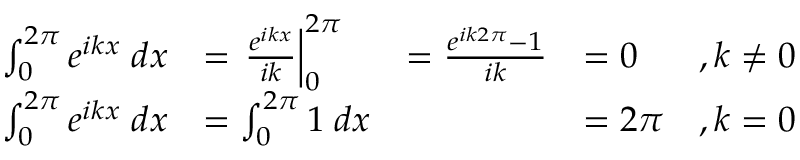
\begin{array} { r l r l r } { \int _ { 0 } ^ { 2 \pi } e ^ { i k x } \; d x } & { = \left. \frac { e ^ { i k x } } { i k } \right| _ { 0 } ^ { 2 \pi } } & { = \frac { e ^ { i k 2 \pi } - 1 } { i k } } & { = 0 } & { , k \neq 0 } \\ { \int _ { 0 } ^ { 2 \pi } e ^ { i k x } \; d x } & { = \int _ { 0 } ^ { 2 \pi } 1 \; d x } & & { = 2 \pi } & { , k = 0 } \end{array}